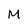
Character: M